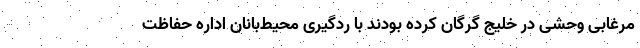
مرغابی وحشی در خلیج گرگان کرده بودند با ردگیری محیط‌بانان اداره حفاظت